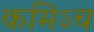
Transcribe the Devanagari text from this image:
कमिऽच